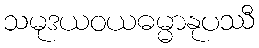
သမုဒယဝယဓမ္မာနုပဿီ